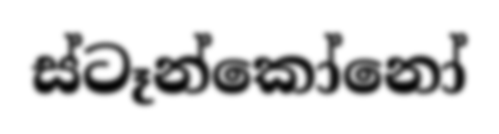
ස්ටෑන්කෝනෝ